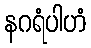
နဂရံပါဟံ